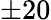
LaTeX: ±20